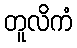
တူလိကံ